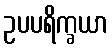
ဥပပရိက္ခယာ